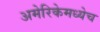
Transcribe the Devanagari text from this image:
अमेरिकेमध्येच